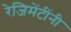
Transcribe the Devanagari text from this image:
रेजिमेंटींनी